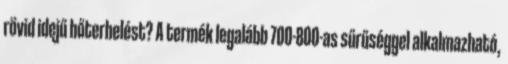
rövid idejű hőterhelést? A termék legalább 700-800-as sűrűséggel alkalmazható,